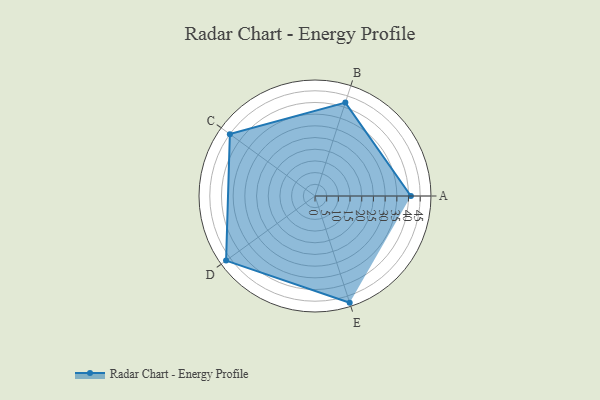
{"axis": {"x": "Skill", "y": "Score"}, "legend": ["Profile"], "data": [{"x": "A", "y": 41.0, "type": "Profile"}, {"x": "B", "y": 42.0, "type": "Profile"}, {"x": "C", "y": 45.0, "type": "Profile"}, {"x": "D", "y": 47.0, "type": "Profile"}, {"x": "E", "y": 48.0, "type": "Profile"}]}